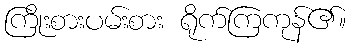
ကြိုးစားပမ်းစား ရိုက်ကြကုန်၏။